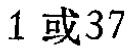
$1\text{ 或 }37$